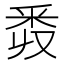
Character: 𨤑